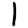
Digit: 1